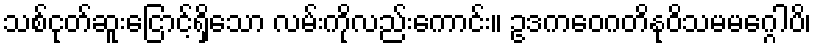
သစ်ငုတ်ဆူးငြောင့်ရှိသော လမ်းကိုလည်းကောင်း။ ဥဒကဝေဂတိနုဝိသမမဂ္ဂေါပိ၊